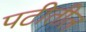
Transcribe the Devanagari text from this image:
पटीतील